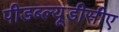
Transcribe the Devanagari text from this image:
पीडब्ल्यूडीसीए